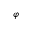
\varphi